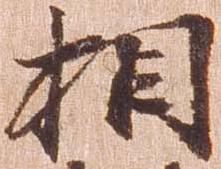
相